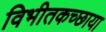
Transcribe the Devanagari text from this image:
विभीतकच्छाया